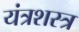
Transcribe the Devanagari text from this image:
यंत्रशस्त्र